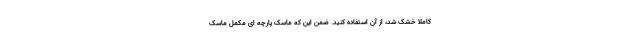
کاملا خشک شد، از آن استفاده کنید. ضمن این که ماسک پارچه ای مکمل ماسک